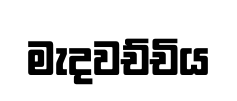
මැදවච්චිය